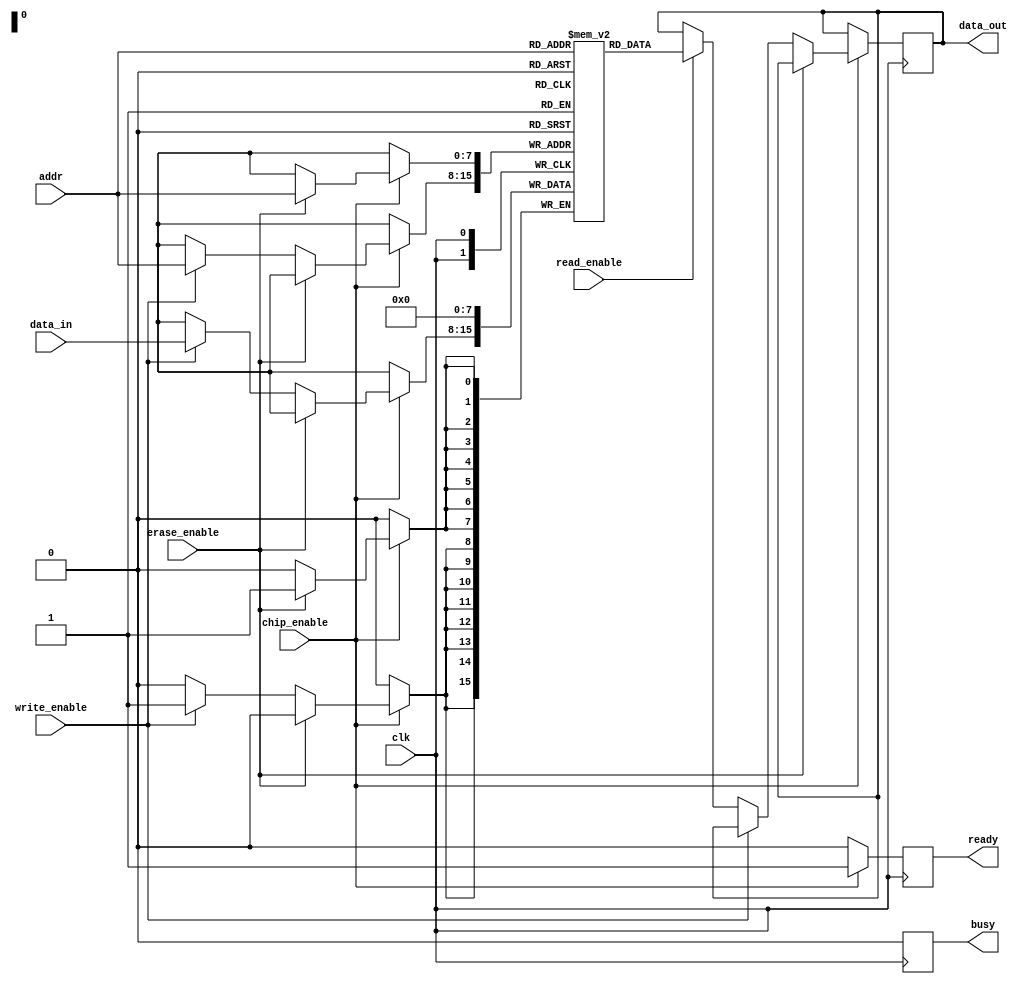
module NVSRAM #(
    parameter ADDR_WIDTH = 8, // Address width
    parameter DATA_WIDTH = 8, // Data width
    parameter MEM_SIZE = 256   // Memory size (2^ADDR_WIDTH)
)(
    input wire clk,                // Clock signal
    input wire chip_enable,        // Chip enable signal
    input wire write_enable,       // Write enable signal
    input wire read_enable,        // Read enable signal
    input wire erase_enable,       // Erase enable signal
    input wire [ADDR_WIDTH-1:0] addr, // Address input
    input wire [DATA_WIDTH-1:0] data_in, // Data input
    output reg [DATA_WIDTH-1:0] data_out, // Data output
    output reg ready,             // Ready status
    output reg busy               // Busy status
);

    // Memory array
    reg [DATA_WIDTH-1:0] memory [0:MEM_SIZE-1];

    // Control logic
    always @(posedge clk) begin
        if (!chip_enable) begin
            ready <= 1'b0; // Chip is disabled
            busy <= 1'b0;  // Not busy
        end else begin
            ready <= 1'b1; // Chip is ready
            busy <= 1'b1;  // Set busy flag

            if (erase_enable) begin
                // Erase operation: reset memory to 0
                memory[addr] <= {DATA_WIDTH{1'b0}};
            end else if (write_enable) begin
                // Write operation
                memory[addr] <= data_in;
            end else if (read_enable) begin
                // Read operation
                data_out <= memory[addr];
            end

            busy <= 1'b0; // Clear busy flag after operation
        end
    end

    // Optional: Built-in self-test (BIST) functionality can be added here

endmodule